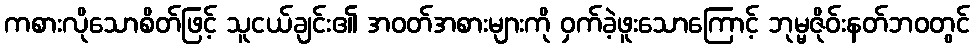
ကစားလိုသောစိတ်ဖြင့် သူငယ်ချင်း၏ အဝတ်အစားများကို ဝှက်ခဲ့ဖူးသောကြောင့် ဘုမ္မဇိုဝ်းနတ်ဘဝတွင်